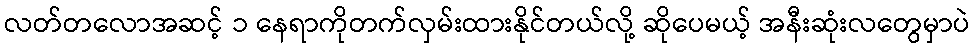
လတ်တလောအဆင့် ၁ နေရာကိုတက်လှမ်းထားနိုင်တယ်လို့ ဆိုပေမယ့် အနီးဆုံးလတွေမှာပဲ